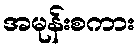
အမုန်းစကား